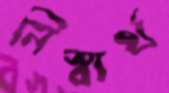
নিস্বার্থ